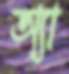
অ্যা